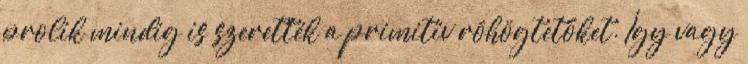
prolik mindig is szerették a primitív röhögtetőket. Így vagy